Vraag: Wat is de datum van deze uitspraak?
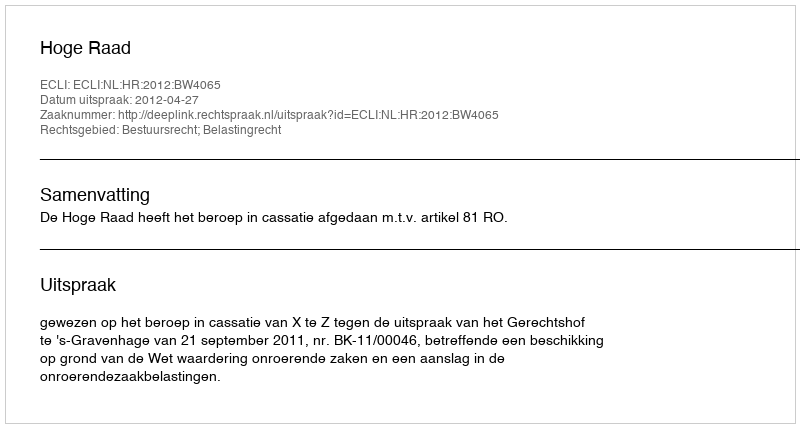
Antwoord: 2012-04-27